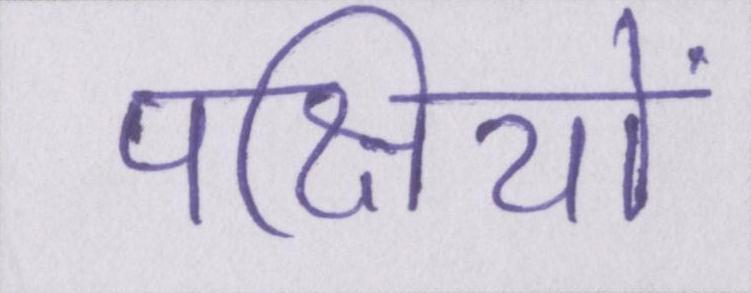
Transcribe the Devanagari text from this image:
पक्षियों